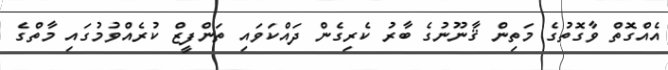
އެއްގޮތް ވާގޮތުގެ މަތިން ޤާނޫނުގެ ބާރު ކެރިގެން ދައްކަވައި ތަންފީޒް ކުރެއްވުމުގައި މާތްގެ